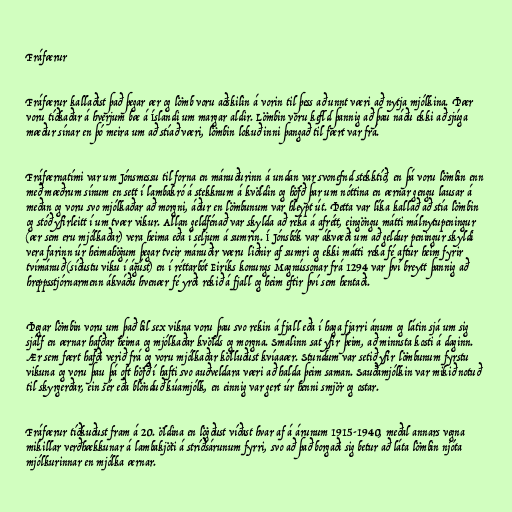
Fráfærur

Fráfærur kallaðist það þegar ær og lömb voru aðskilin á vorin til þess að unnt væri að nytja mjólkina. Þær
voru tíðkaðar á hverjum bæ á Íslandi um margar aldir. Lömbin voru kefld þannig að þau náðu ekki að sjúga
mæður sínar en þó meira um að stíað væri, lömbin lokuð inni þangað til fært var frá.

Fráfærnatími var um Jónsmessu til forna en mánuðurinn á undan var svonefnd stekktíð, en þá voru lömbin enn
með mæðrum sínum en sett í lambakró á stekknum á kvöldin og höfð þar um nóttina en ærnar gengu lausar á
meðan og voru svo mjólkaðar að morgni, áður en lömbunum var hleypt út. Þetta var líka kallað að stía lömbin
og stóð yfirleitt í um tvær vikur. Allan geldfénað var skylda að reka á afrétt, eingöngu mátti málnytupeningur
(ær sem eru mjólkaðar) vera heima eða í seljum á sumrin. Í Jónsbók var ákvæði um að geldur peningur skyldi
vera farinn úr heimahögum þegar tveir mánuðir væru liðnir af sumri og ekki mátti reka fé aftur heim fyrir
tvímánuð (síðustu viku í ágúst) en í réttarbót Eiríks konungs Magnússonar frá 1294 var því breytt þannig að
hreppsstjórnarmenn ákváðu hvenær fé yrði rekið á fjall og heim eftir því sem hentaði.

Þegar lömbin voru um það bil sex vikna voru þau svo rekin á fjall eða í haga fjarri ánum og látin sjá um sig
sjálf en ærnar hafðar heima og mjólkaðar kvölds og morgna. Smalinn sat yfir þeim, að minnsta kosti á daginn.
Ær sem fært hafði verið frá og voru mjólkaðar kölluðust kvíaaær. Stundum var setið yfir lömbunum fyrstu
vikuna og voru þau þá oft höfð í hafti svo auðveldara væri að halda þeim saman. Sauðamjólkin var mikið notuð
til skyrgerðar, ein sér eða blönduð kúamjólk, en einnig var gert úr henni smjör og ostar.

Fráfærur tíðkuðust fram á 20. öldina en lögðust víðast hvar af á árunum 1915-1940, meðal annars vegna
mikillar verðhækkunar á lambakjöti á stríðsárunum fyrri, svo að það borgaði sig betur að láta lömbin njóta
mjólkurinnar en mjólka ærnar.